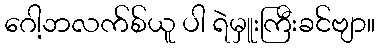
ဂေါ့ဘလက်စ်ယူ ပါ ရဲမှူးကြီးခင်ဗျာ။